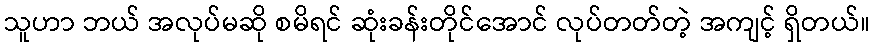
သူဟာ ဘယ် အလုပ်မဆို စမိရင် ဆုံးခန်းတိုင်အောင် လုပ်တတ်တဲ့ အကျင့် ရှိတယ်။